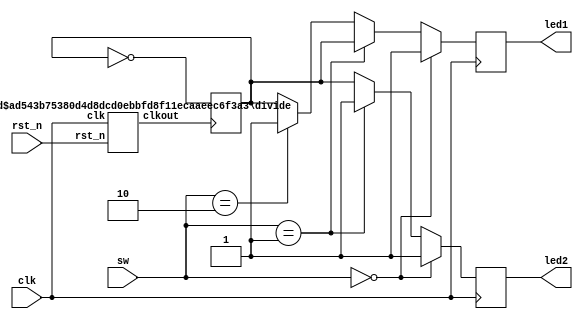
module car_control(sw,led1,led2,clk,rst_n);
input [1:0]sw;
input clk;
output  led1;
output   led2;
input rst_n;
reg seg1;
reg seg2;
reg cnt=0;
 divide  #(.WIDTH(32),.N(12000000))  u1 (                         //#
                                                                   //dividemoduleu1
						.clk	(clk),     // .clkmoduleclk
						.rst_n	(rst_n),   //testbenchmodule
						.clkout	(clkout)   
					  );
assign led1=seg1;
assign led2=seg2;
always@(posedge clkout)
begin 
  cnt<=~cnt;
end  
always@( posedge clk)
begin 
 if(sw==2'b00)
   begin
	 seg1<=1;
	 seg2<=1;
	end
 else if(sw==2'b01)
   begin
	 seg1<=cnt;
	 seg2<=1;
	end
 else if(sw==2'b10)
   begin
	seg1<=1;
	seg2<=cnt;
   end 
 else 
   begin
	 seg1<=cnt;
	 seg2<=cnt;
	end 
end	 
endmodule



module divide (	clk,rst_n,clkout);
 
        input 	clk,rst_n;                       //clkFPGAC112MHz
        output	clkout;                          //LED
 
        //parameterverilog
	parameter	WIDTH	= 3;             // 2**WIDTH-1
	parameter	N	= 5;             // N < 2**WIDTH-1
 
	reg 	[WIDTH-1:0]	cnt_p,cnt_n;     //cnt_pcnt_n
	reg			clk_p,clk_n;     //clk_pclk_n
 
	//
	always @ (posedge clk or negedge rst_n )         //posedgenegedgeverilog
                                                         //clkrst_nalways
		begin
			if(!rst_n)
				cnt_p<=0;
			else if (cnt_p==(N-1))
				cnt_p<=0;
			else cnt_p<=cnt_p+1;             //N-1N
		end
 
         //,N50%N50%
         always @ (posedge clk or negedge rst_n)
		begin
			if(!rst_n)
				clk_p<=0;
			else if (cnt_p<(N>>1))          //N>>12
				clk_p<=0;
			else 
				clk_p<=1;               //clk
		end
 
        //        	
	always @ (negedge clk or negedge rst_n)
		begin
			if(!rst_n)
				cnt_n<=0;
			else if (cnt_n==(N-1))
				cnt_n<=0;
			else cnt_n<=cnt_n+1;
		end
 
        //clk_p
	always @ (negedge clk)
		begin
			if(!rst_n)
				clk_n<=0;
			else if (cnt_n<(N>>1))  
				clk_n<=0;
			else 
				clk_n<=1;                //clk
		end
 
        assign clkout = (N==1)?clk:(N[0])?(clk_p&clk_n):clk_p;      //
                                                                    //N=1clk
                                                                    //NN0N0=0clk_p
                                                                    //NN1N0=1clk_p&clk_n
endmodule